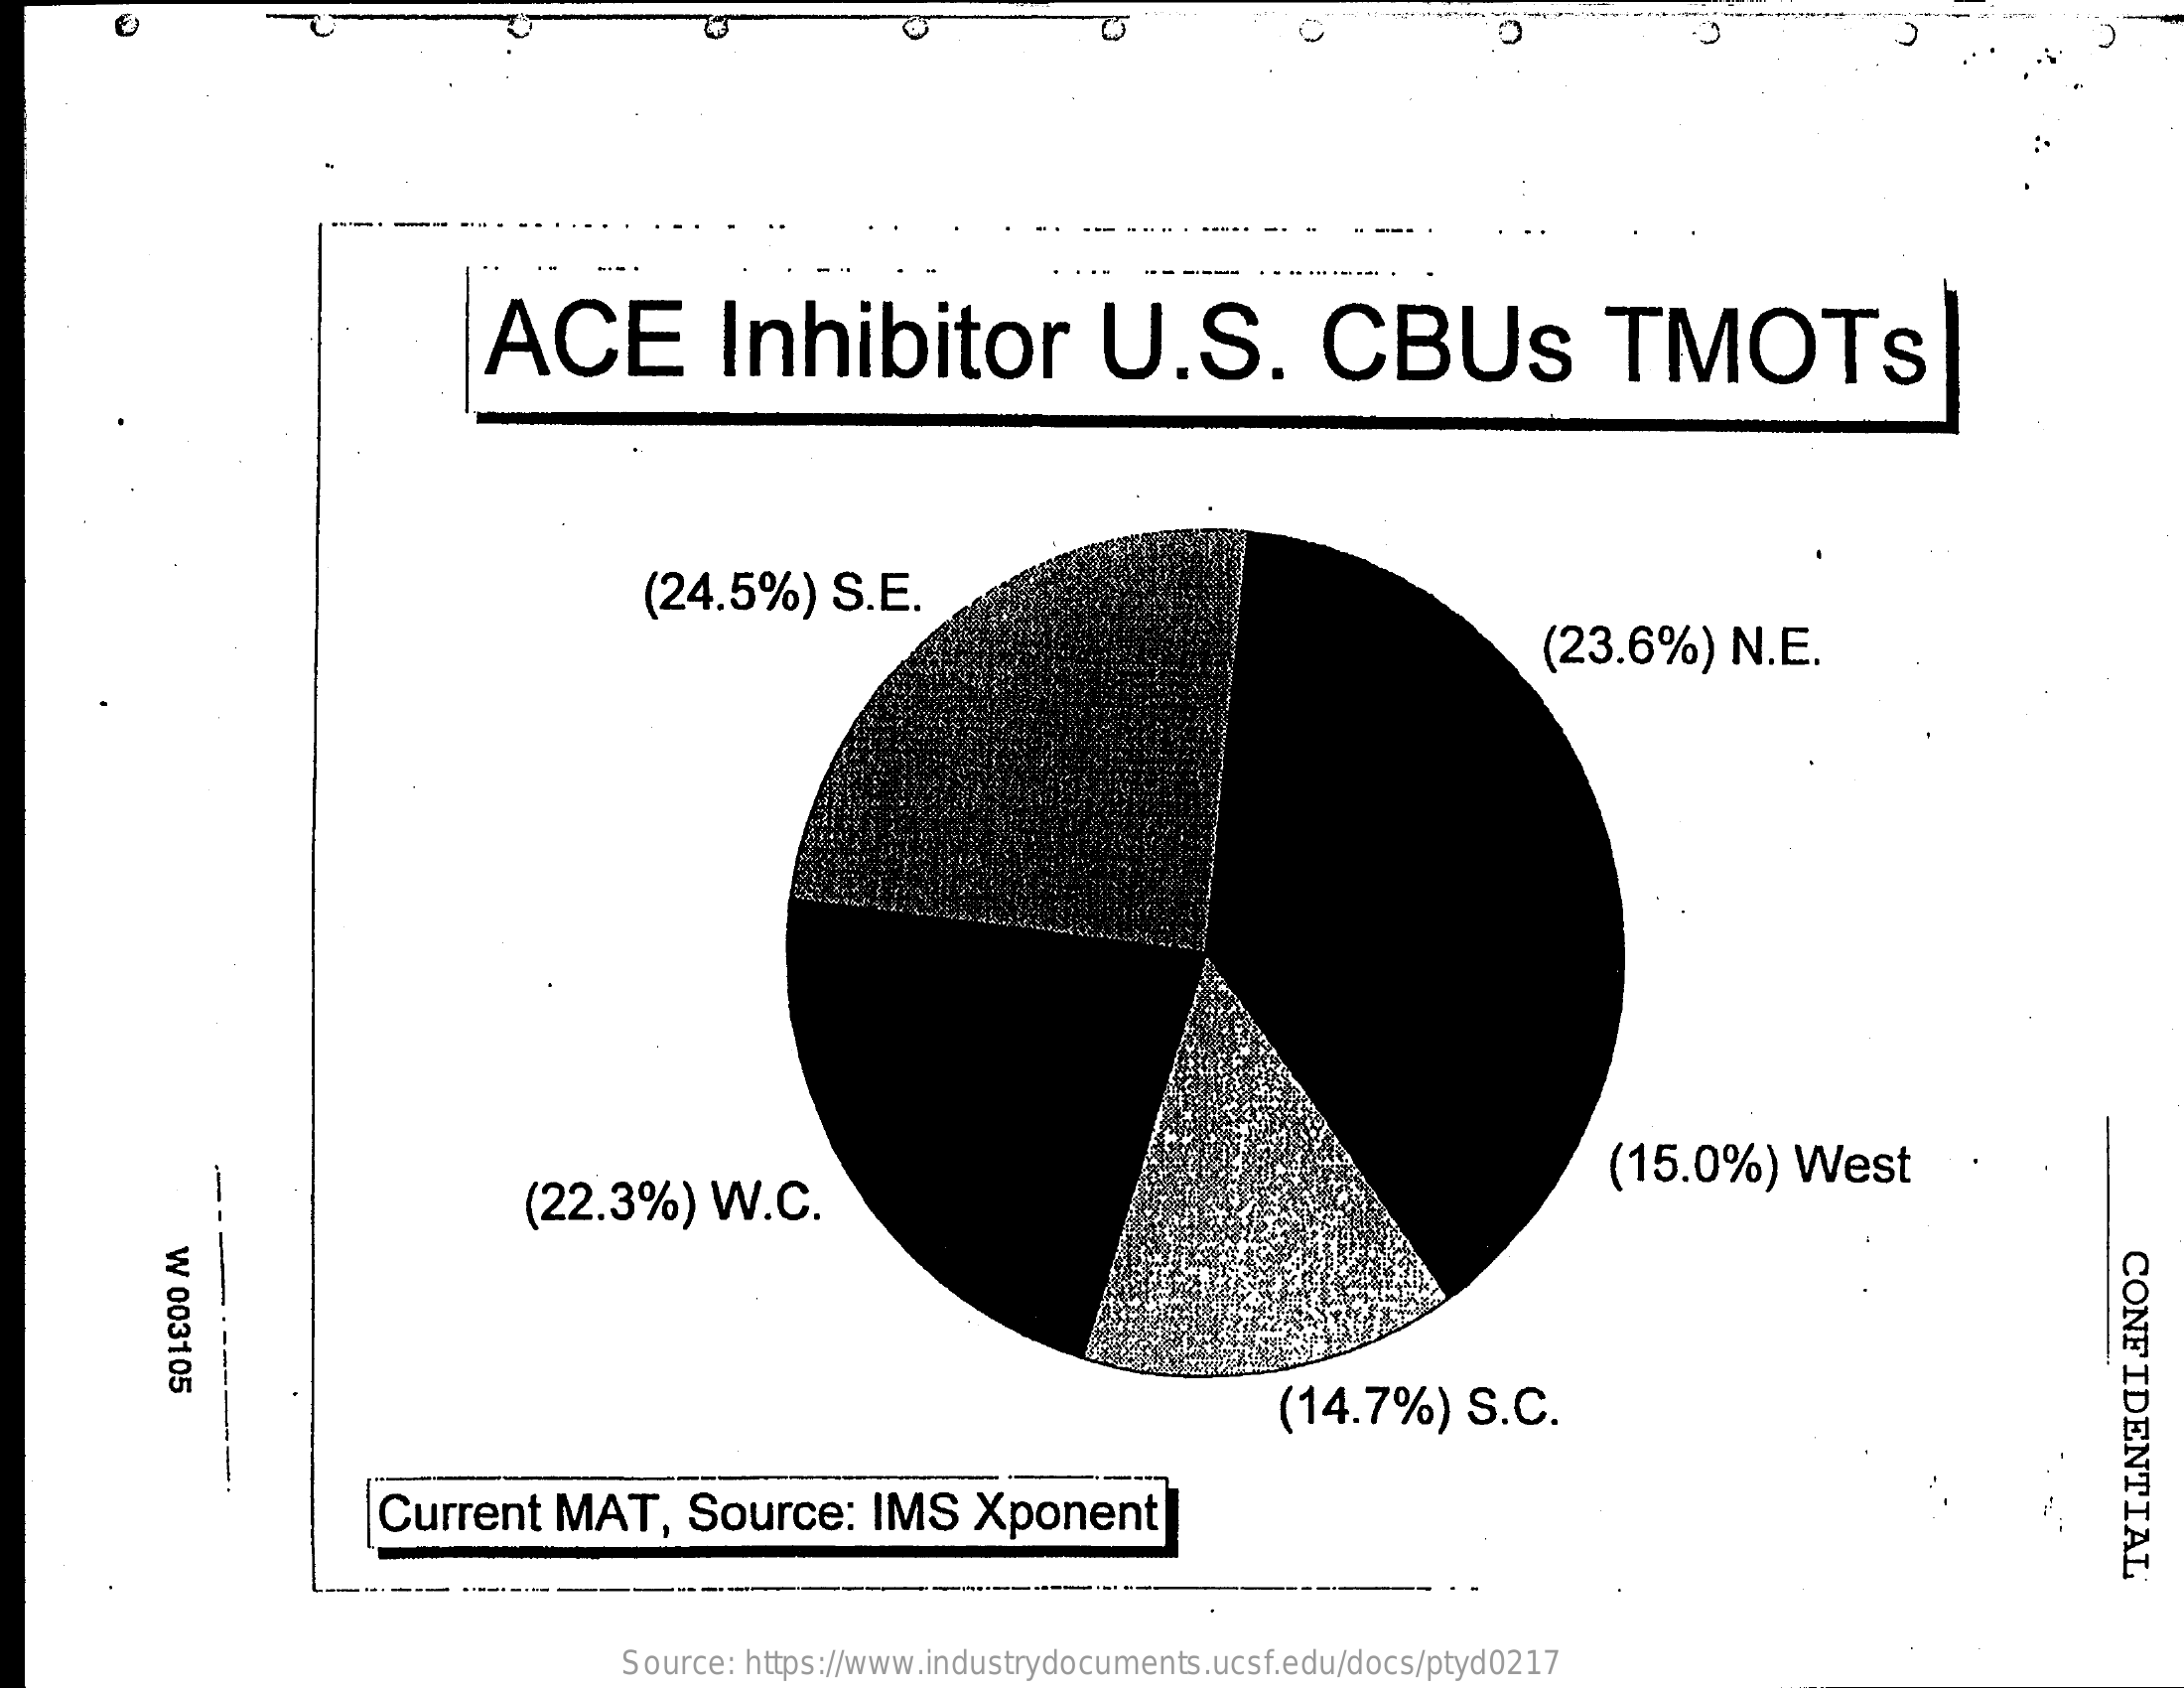
ACE    Inhibitor    U.S.    CBUs    TMOTs
     (24.5%)    S.E.
     (23.6%)    N.E.
     (22.3%)    W.C.
     (15.0%)    West
     W
     003105
     CONFIDENTIAL (14.7%) S.C.
     Current    MAT,    Source:    IMS   Xponent
     Source: https://www.industrydocuments.ucsf.edu/docs/ptyd0217